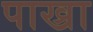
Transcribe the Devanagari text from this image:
पाख्रा